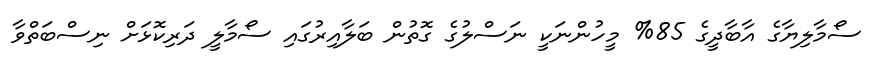
ސޯމާލިޔާގެ އާބާދީގެ 85% މީހުންނަކީ ނަސްލުގެ ގޮތުން ބަލާއިރުގައި ސޯމާލީ ދަރިކޮޅަށް ނިސްބަތްވާ